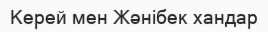
Керей мен Жәнібек хандар